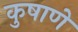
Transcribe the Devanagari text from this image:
कुषाणे